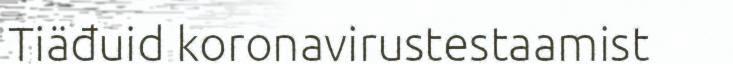
Tiäđuid koronavirustestaamist